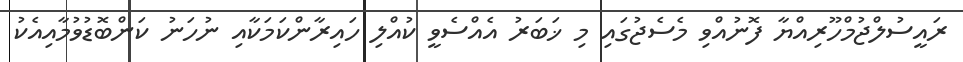
ރައީސުލްޖުމްހޫރިއްޔާ ފޮނުއްވި މެސެޖުގައި މި ޚަބަރު އެއްސެވީ ކުއްލި ހައިރާންކަމަކާއި ނުހަނު ކަންބޮޑުވުމާއިއެކު